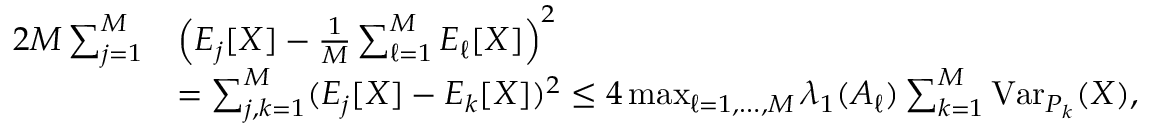
\begin{array} { r l } { 2 M \sum _ { j = 1 } ^ { M } } & { \Big ( E _ { j } [ X ] - \frac 1 M \sum _ { \ell = 1 } ^ { M } E _ { \ell } [ X ] \Big ) ^ { 2 } } \\ & { = \sum _ { j , k = 1 } ^ { M } ( E _ { j } [ X ] - E _ { k } [ X ] ) ^ { 2 } \leq 4 \operatorname* { m a x } _ { \ell = 1 , \ldots , M } \lambda _ { 1 } ( A _ { \ell } ) \sum _ { k = 1 } ^ { M } \operatorname { V a r } _ { P _ { k } } ( X ) , } \end{array}